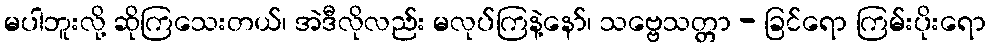
မပါဘူးလို့ ဆိုကြသေးတယ်၊ အဲဒီလိုလည်း မလုပ်ကြနဲ့နော်၊ သဗ္ဗေသတ္တာ - ခြင်ရော ကြမ်းပိုးရော